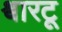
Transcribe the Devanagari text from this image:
श्वारटू